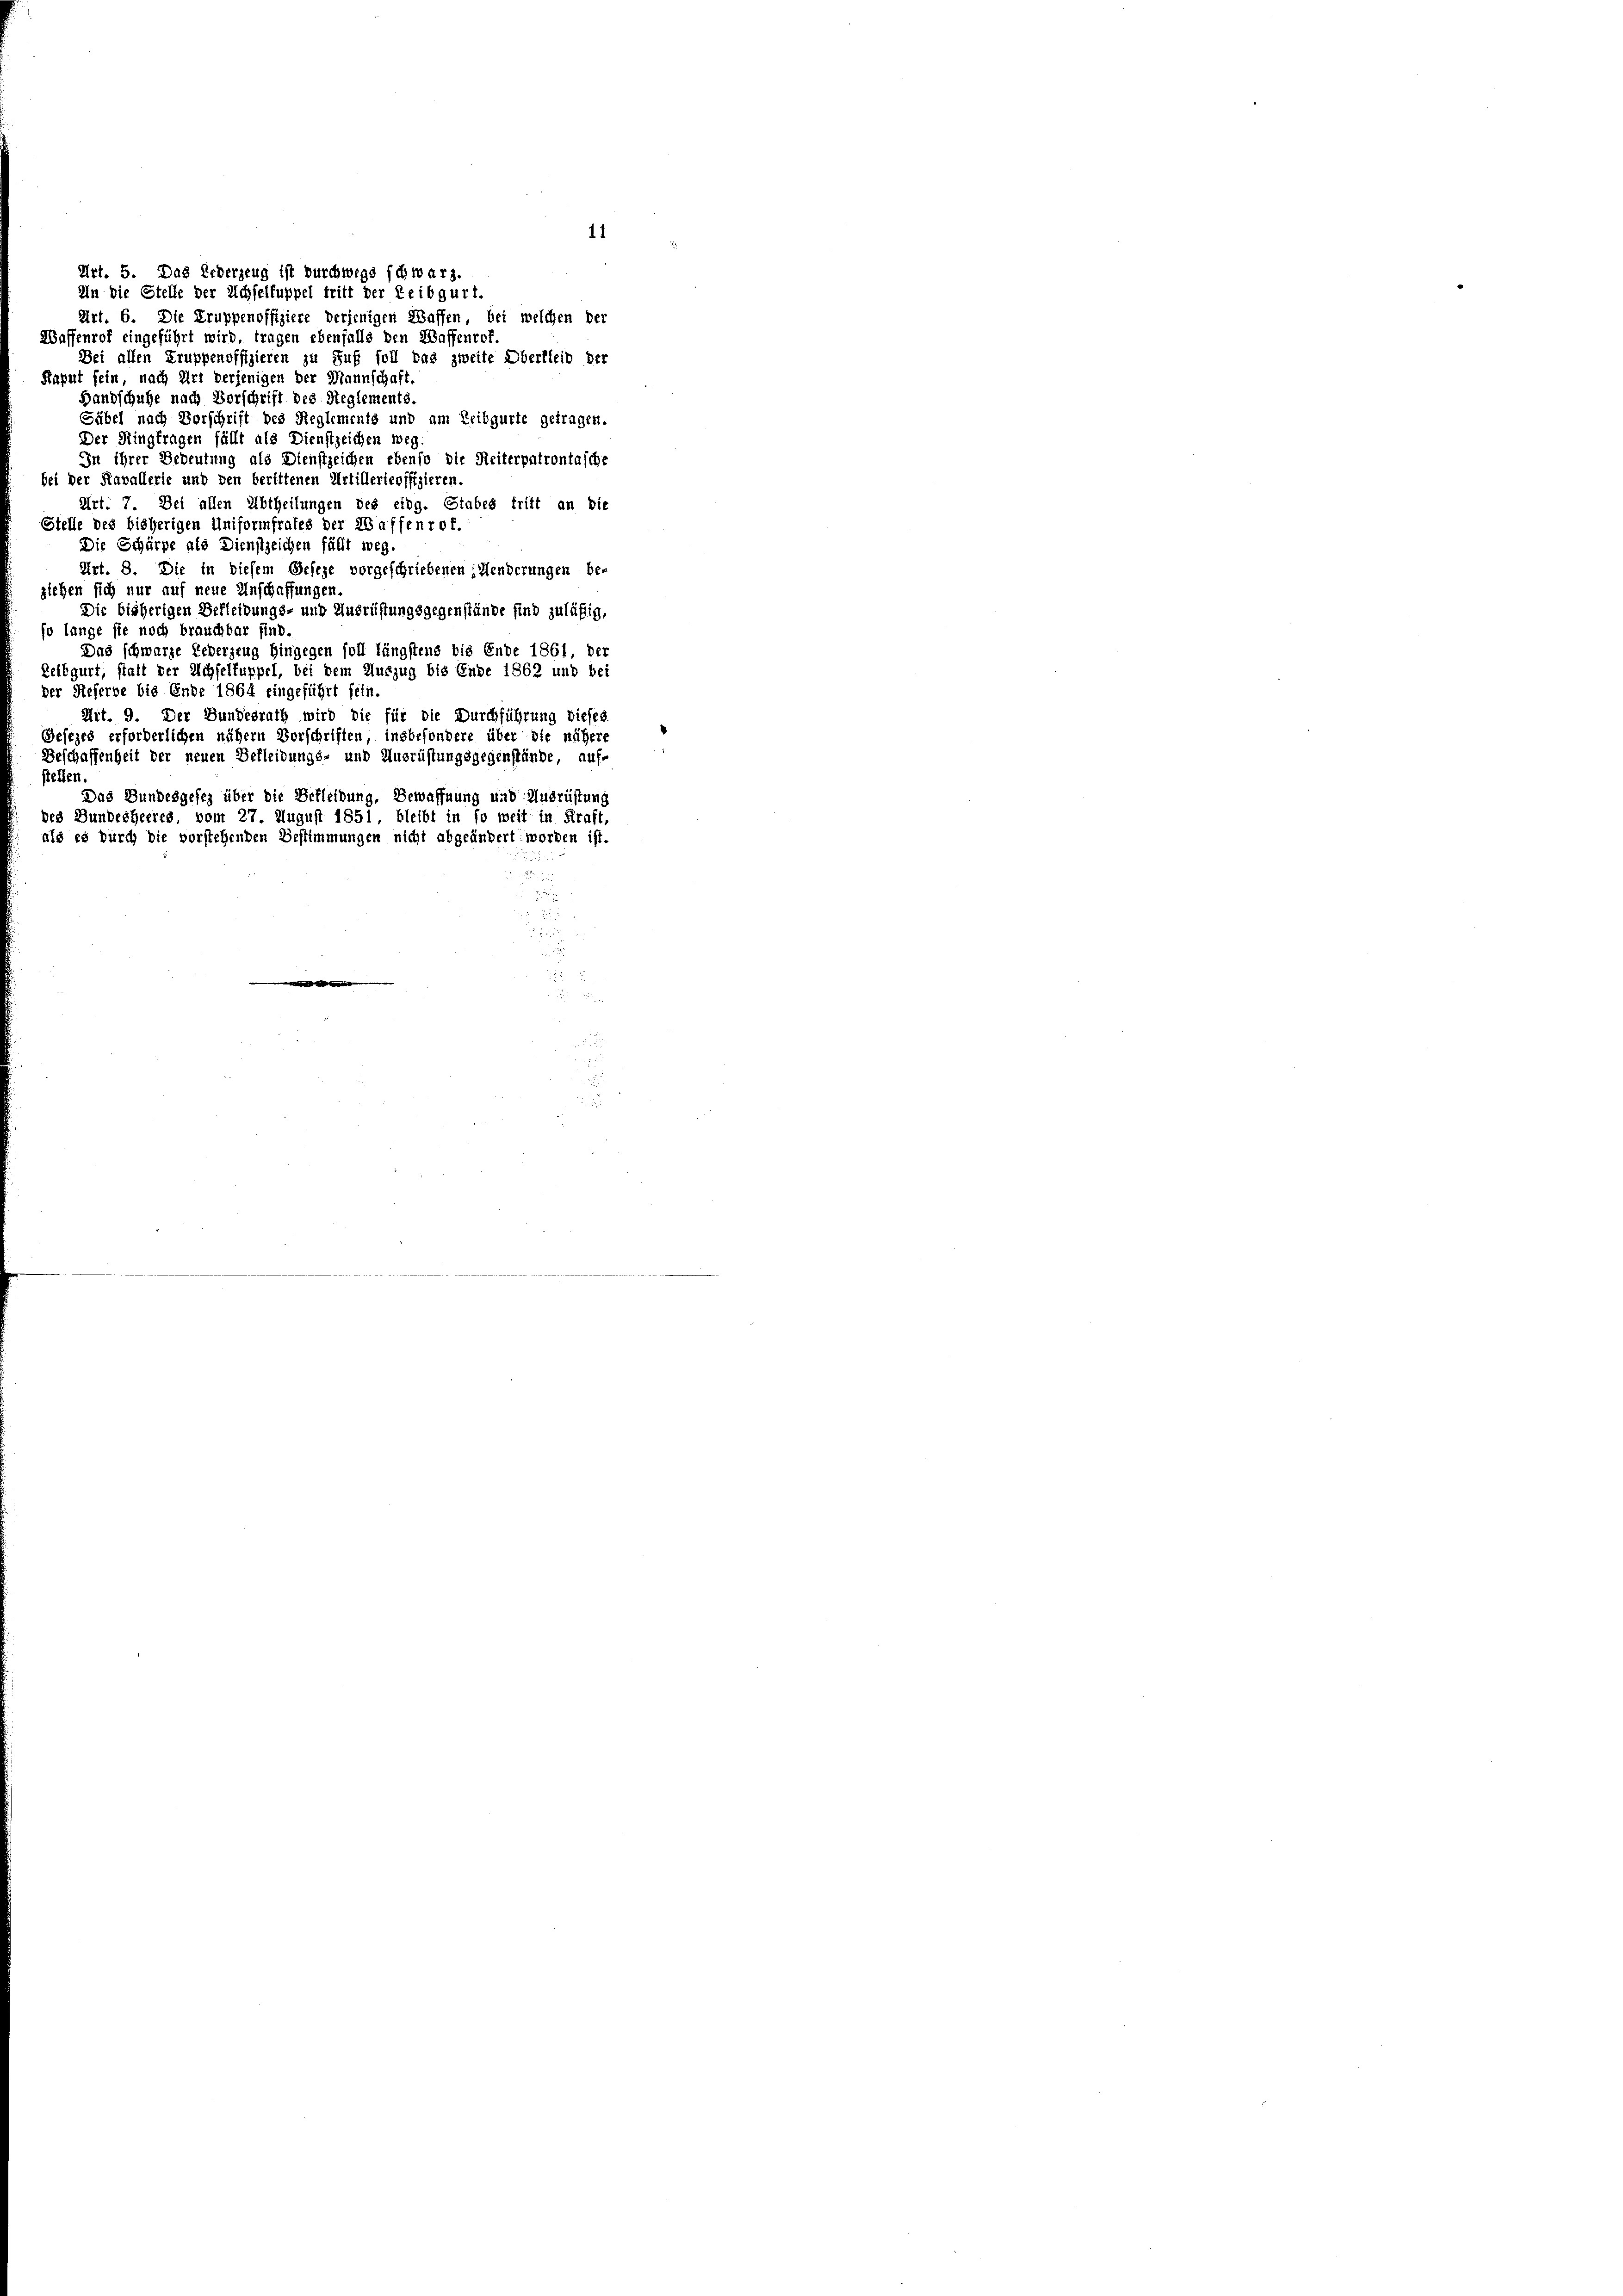
Art. 5. Das Erderzeug ist durchwegs schwarz.
In die Stelle der Achselfuppel tritt der Leibgurt.
Art. 6. Die Truppenoffiziere derjenigen Waffen, bei welchen der
Waffenrof eingeführt wird, tragen ebenfalls den Waffenrof.

11

Bei allen Truppenoffizieren zu Suf foll das zweite Oberbleib der
Kaput sein, nach Art derjenigen der Mannschaft
Handschuhe nach Vorschrift des Reglements
Säbel nach Vorschrift des Reglements und am Leibgurte getragen.
Der Ringfragen fällt als Dienstzeichen weg.
In ihrer Bedeutung als Dienstzeichen ebenso die Seiterpatrontasche
bei der Kavallerie und den berittenen Artillerieoffizieren.
Art. 7. Dei allen Abtheilungen des eidg. Stabes tritt an die
Stelle des bisherigen Uniformfrates der Waffenrof.
Die Schärpe als Dienstzeichen fällt weg.
Art. 8. Die in diesem Gefege vorgeschriebenen Menderungen be-
siehen sich nur auf neue Anschaffungen.
Die bisherigen Bekleidungs- und Ausrüstungsgegenstände sind zuläßig,
so lange sie noch brauchbar find.
Das schwarze Lederzeug hingegen soll längstens bis Ende 1861, der
Leibgurt, statt der Achselfuppel, bei dem Auszug bis Ende 1862 und bei
der Reserbe bis Ende 1864 eingeführt sein.
Mit. 9. Der Bundesrath wird die für die Durchführung dieses
Gesezes erforderlichen nähern Vorschriften, insbesondere über die nähere
Beschaffenheit der neuen Bekleidungs- und Ausrüstungsgegenstände, auf-
stellen
Das Bundesgefez über die Befleibung, Bewaffnung und Ausrüstung
bes Bundesheeres, vom 27. August 1851, bleibt in so weit in Kraft,
als es durch die vorstehenden Bestimmungen nicht abgeändert worden ist.